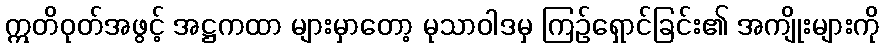
ဣတိဝုတ်အဖွင့် အဋ္ဌကထာ များမှာတော့ မုသာဝါဒမှ ကြဉ်ရှောင်ခြင်း၏ အကျိုးများကို